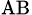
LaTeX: _\mathrm{AB}